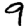
Digit: 9